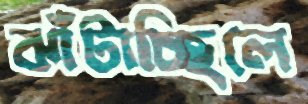
ঝাঁটাচ্ছিলে